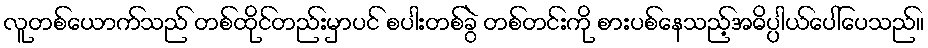
လူတစ်ယောက်သည် တစ်ထိုင်တည်းမှာပင် စပါးတစ်ခွဲ တစ်တင်းကို စားပစ်နေသည့်အဓိပ္ပါယ်ပေါ်ပေသည်။